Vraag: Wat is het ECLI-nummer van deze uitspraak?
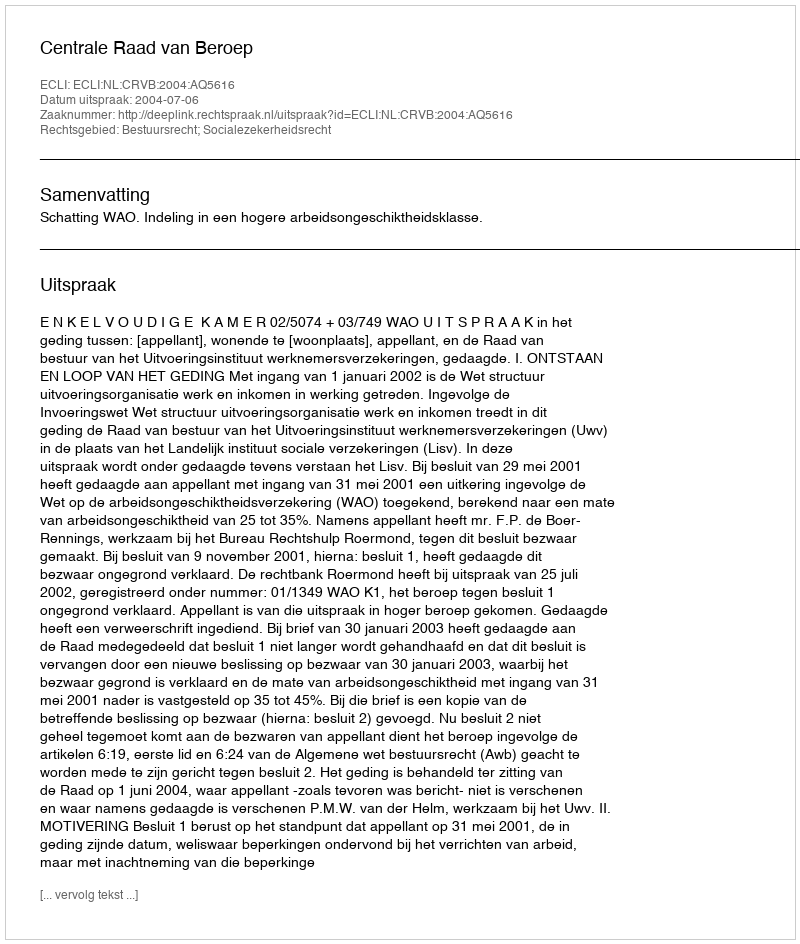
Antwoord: ECLI:NL:CRVB:2004:AQ5616